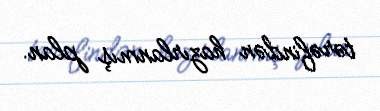
tərəfindən hazırlanmış plan.